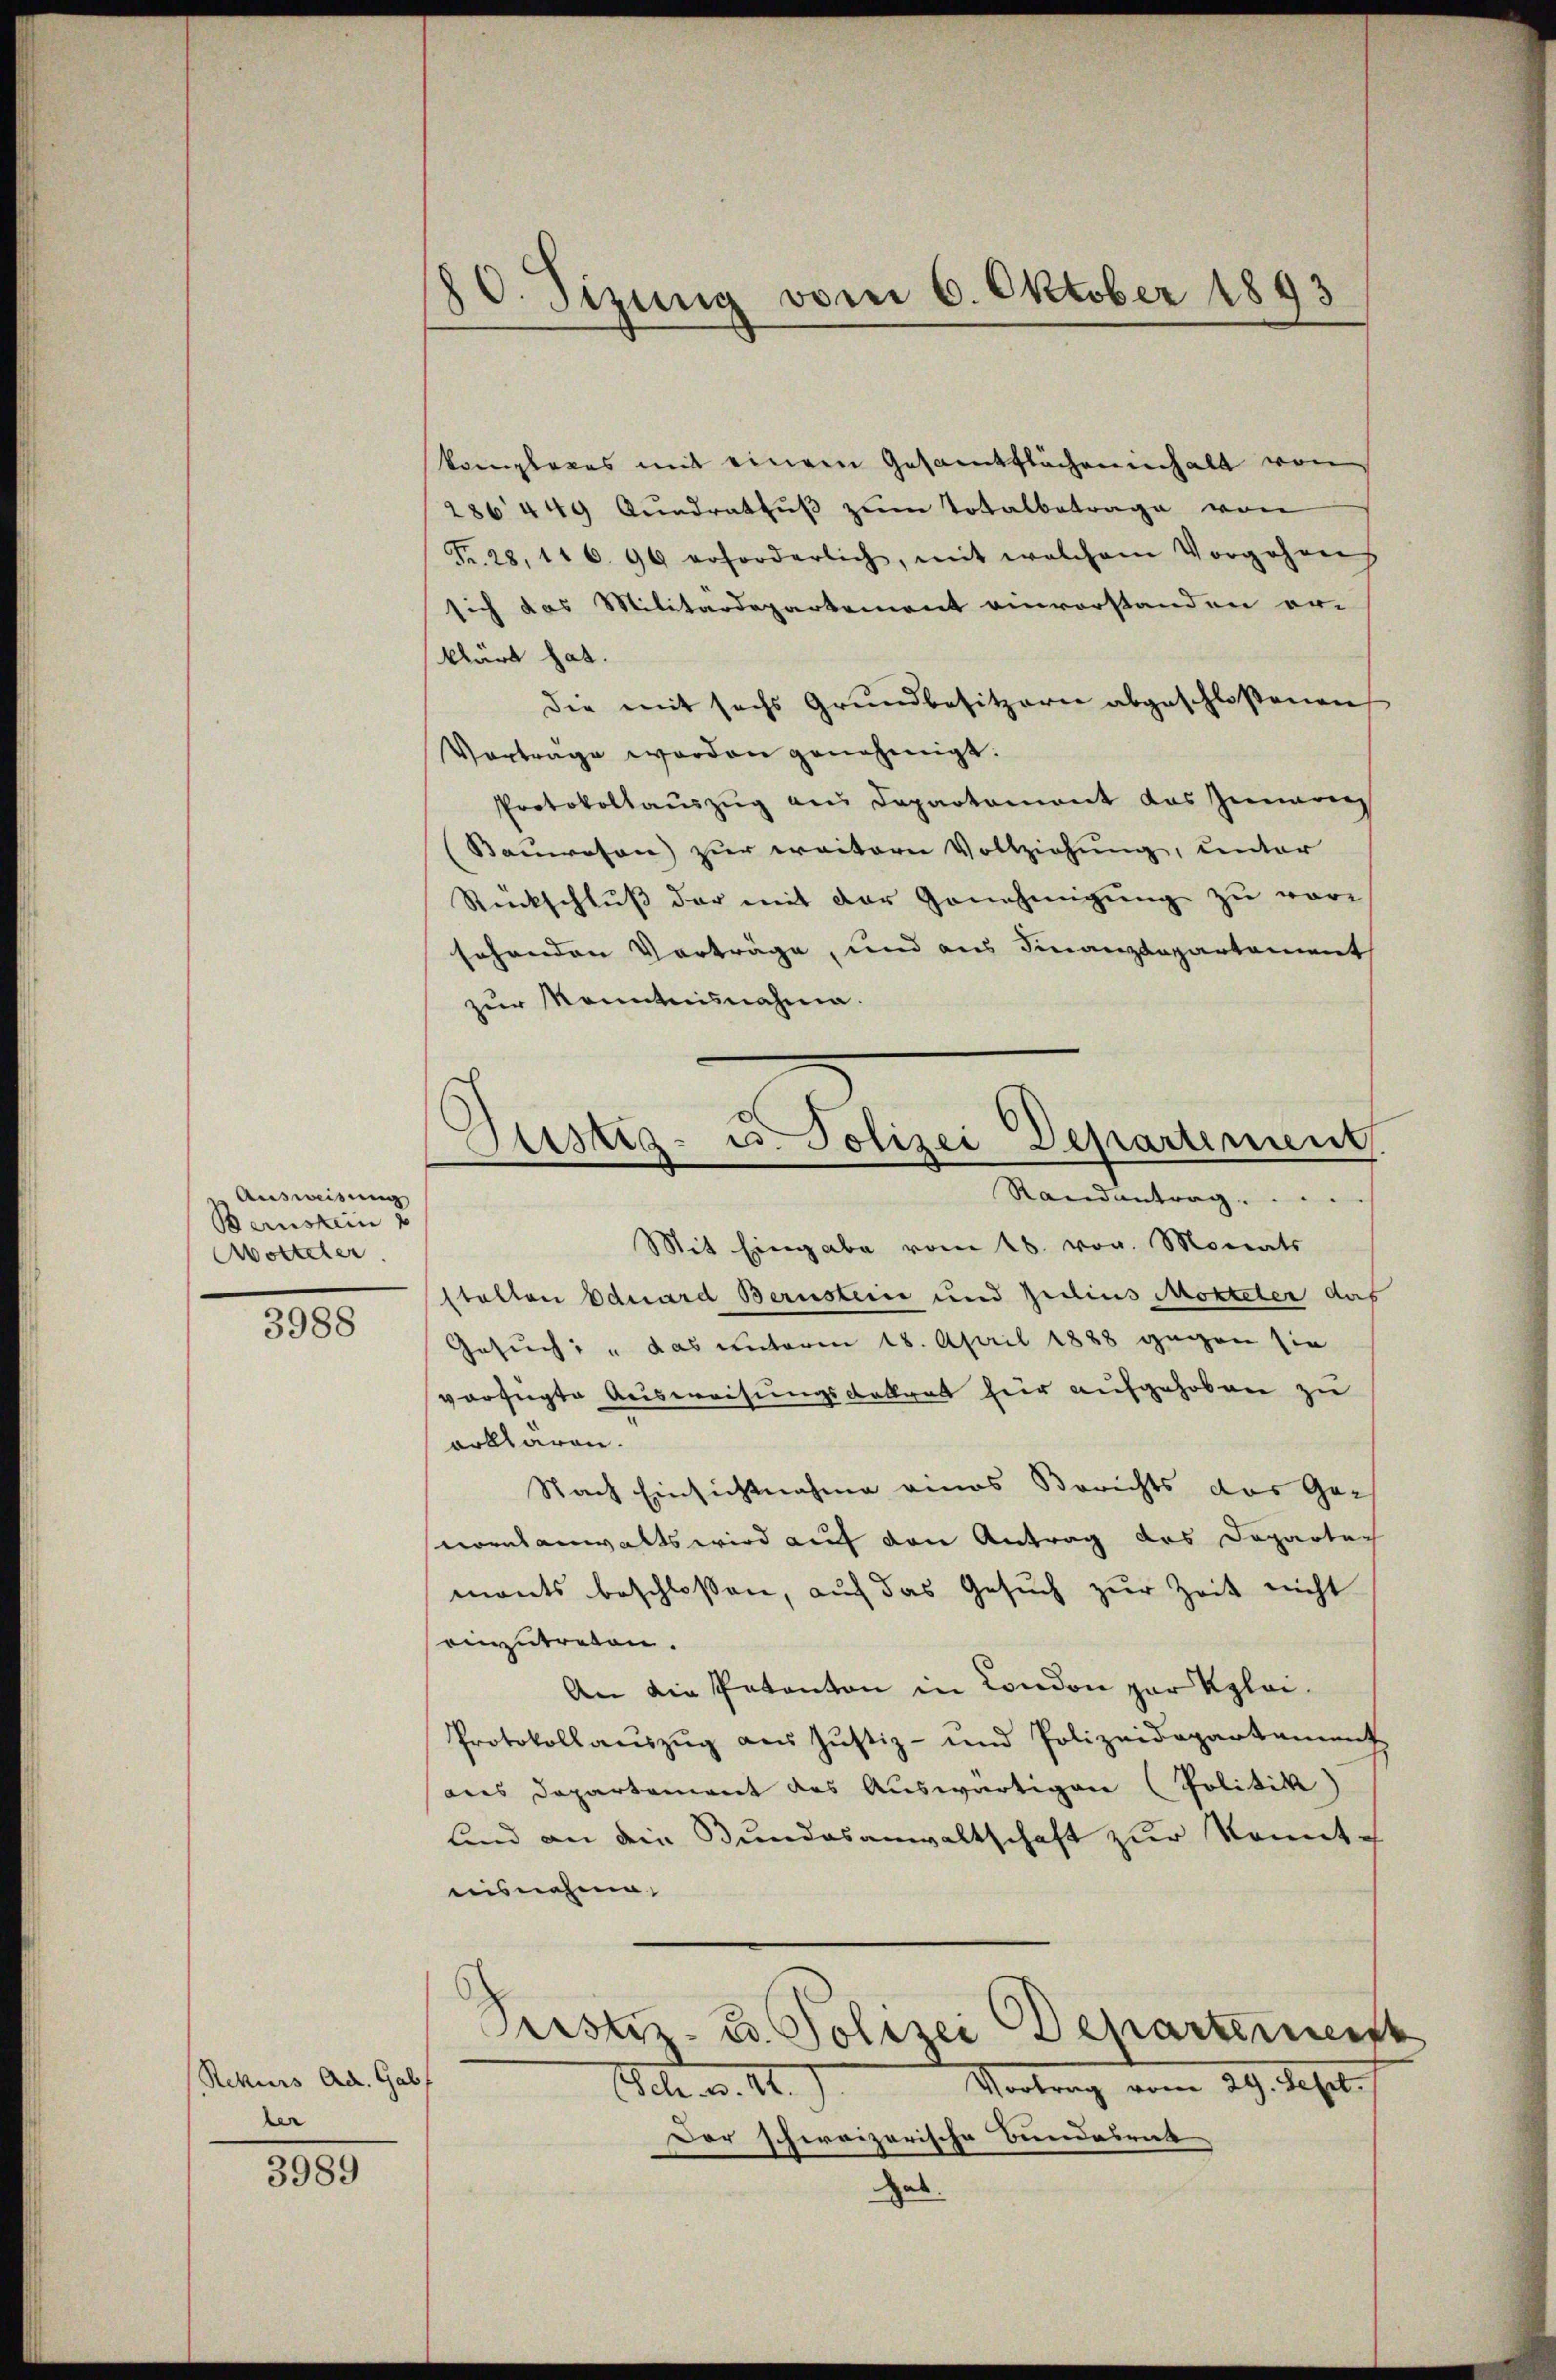
Ausweisung
Bernstein u
Aotteter

3988

Rekurs Ad. Gabf
er

3989

80. Sizung vom 6. Oktober 1893

.
Justiz- u. Polizei Departement
Randantrag .....

komplexes mit einem Gesamtflächeninhalt von
286449 Qŭadrathŭβ zŭm Totalbetrage von
Fr. 28, 116. 96 erforderlich, mit welchem Vorgehens
sich das Militärdepartement einverstanden ori
klärt hat.
die mit sechs Grundbesitzern abgeschlossenen
Vorträge werden genehmigt.
Protokollauszug aus Departement das Inneren
Bauwesen) zur weitern Vollziehung, unter
Rückschluss der mit der Genehmigung zu vorsehenden Vorträge, und aus Finanzdepartement
zur Kenntnisnahme.
Mit Eingabe vom 18. vor. Monats
stalten Eduard Bernsteine und Zedius Motteter das
Gesuch: "das unterm 18. April 1888 gegen sie
verfügte Ausweisungsdekret hier aufgehoben zu
erklären.
Nach Einsichtnahme eines Berichts das Ges
ortanwalts wird auf von Antrag des Departemants beschlossen, aŭf das Gesŭch zŭr Zeit nicht
einzutreten.
An die Patanton in London zur Klei¬
Protokollaŭszŭg aŭs Jŭstiz- und Polizeidepartament
dus Departement des Auswärtigen (Politik)
lind an die Bundesanwaltschaft zur konnte
nisnahme
Peister- u. Polizei Departerner
Vortrag vom 29. Sept.
cbe . 44.)
Der schweizerische Bundesrat